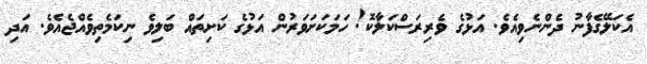
އެކަލޭގެފާނު ދެންނެވިއެވެ. އަޅުގެ ވެރިރަސްކަލާކޮ! ހަމަކަށަވަރުން އަޅުގެ ކަށިތައް ބަލިވެ ނިކަމެތިވެއްޖެއެވެ. އަދި